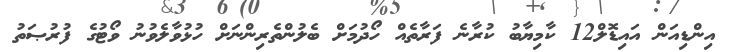
އިންޑިއަން އައިޑޮލް12 ކާމިޔާބު ކުރާނެ ފަރާތެއް ހޯދުމަށް ބެލުންތެރިންނަށް ހުޅުވާލެވުނު ވޯޓުގެ ފުރުޞަތު